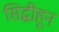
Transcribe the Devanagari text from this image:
सिद्धीहून